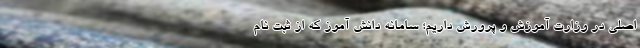
اصلی در وزارت آموزش و پرورش داریم؛ سامانه دانش آموز که از ثبت نام